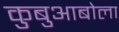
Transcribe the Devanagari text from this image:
कुबुआबोला